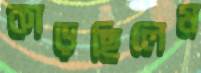
কাড়ছিলেম